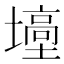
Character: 㙵